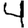
Digit: 4